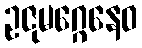
ဥဇုမဂ္ဂေနေဝ